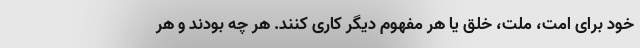
خود برای امت، ملت، خلق یا هر مفهوم دیگر کاری کنند. هر چه بودند و هر